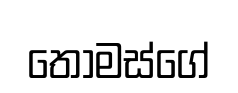
තෝමස්ගේ